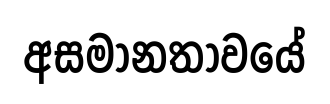
අසමානතාවයේ